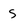
Character: S